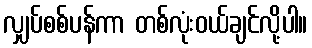
လျှပ်စစ်ပန်ကာ တစ်လုံးဝယ်ချင်လို့ပါ။